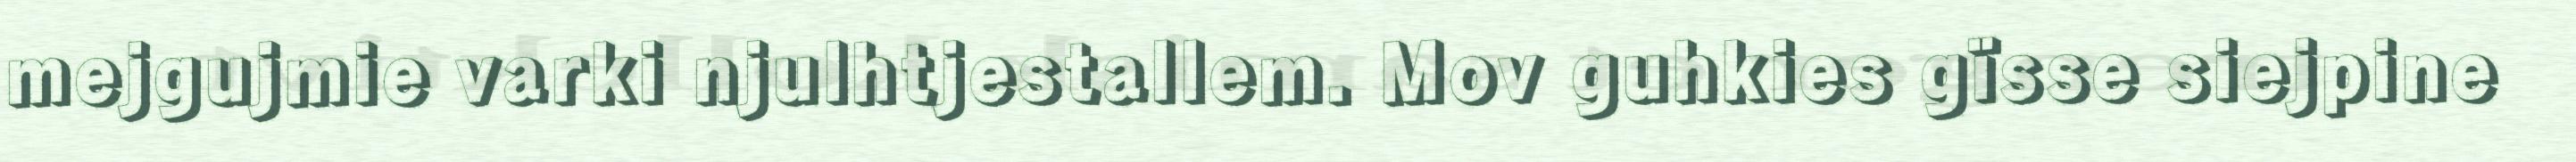
mejgujmie varki njulhtjestallem. Mov guhkies gïsse siejpine